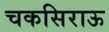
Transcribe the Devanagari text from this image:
चकसिराऊ